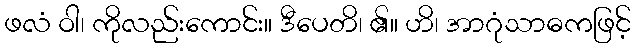
ဖလံ ဝါ၊ ကိုလည်းကောင်း။ ဒီပေတိ၊ ၏။ ဟိ၊ အာဂုံသာဓကဖြင့်